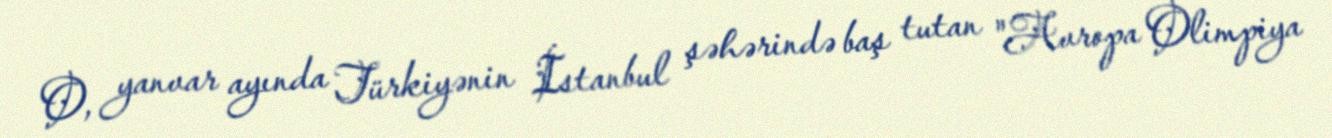
O, yanvar ayında Türkiyənin İstanbul şəhərində baş tutan "Avropa Olimpiya